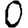
Digit: 0